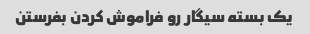
یک بسته سیگار رو فراموش کردن بفرستن